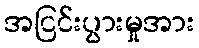
အငြင်းပွားမှုအား